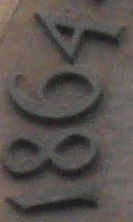
1864